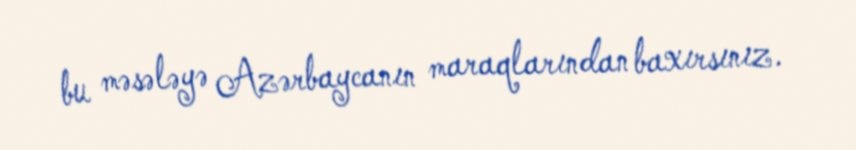
bu məsələyə Azərbaycanın maraqlarından baxırsınız.